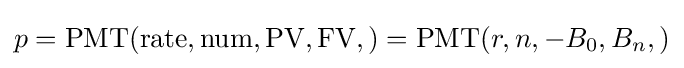
p=\mathrm {PMT} ({\text{rate}},{\text{num}},{\text{PV}},{\text{FV}},)=\mathrm {PMT} (r,n,-B_{0},B_{n},)